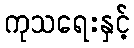
ကုသရေးနှင့်